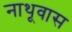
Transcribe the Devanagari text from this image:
नाथूवास